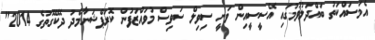
އެމަސައްކަތު ބައްދަލުވުމުގައި އޭސީސީއިން ވަނީ ސިވިލް ސަވިސް މުވައްޒަފުން ކޮރަޕްޝަނާމެދު ދެކޭގޮތުގެ 2014"